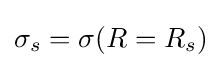
\sigma _{s}=\sigma (R=R_{s})